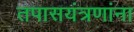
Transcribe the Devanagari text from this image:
तपासयंत्रणांना